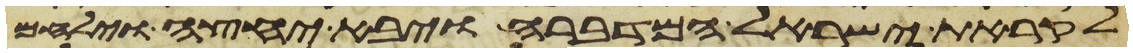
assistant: לקראת ישראל המדברה ויבא יחצה וילחם